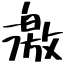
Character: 激